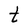
Character: t